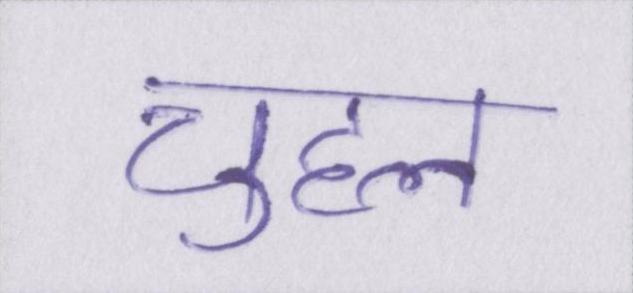
चुहल